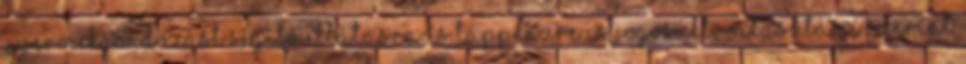
gyermekgondozást segítő ellátásra és táppénzre is jogosult, választása szerint